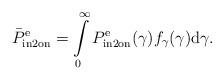
LaTeX: \begin{align*} \bar{P}_{{\rm{in2on}}}^{\rm{e}} = \int\limits_0^\infty {P_{{\rm{in2on}}}^{\rm{e}}(\gamma )} {f_\gamma }(\gamma ){\rm{d}}\gamma. \end{align*}